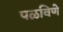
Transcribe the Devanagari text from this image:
पळविणे